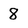
Character: 8